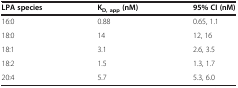
<table><thead><tr><td><b>LPA species</b></td><td><b>K<sub>D, app </sub>(nM)</b></td><td><b>95% CI (nM)</b></td></tr></thead><tbody><tr><td>16:0</td><td>0.88</td><td>0.65, 1.1</td></tr><tr><td>18:0</td><td>14</td><td>12, 16</td></tr><tr><td>18:1</td><td>3.1</td><td>2.6, 3.5</td></tr><tr><td>18:2</td><td>1.5</td><td>1.3, 1.7</td></tr><tr><td>20:4</td><td>5.7</td><td>5.3, 6.0</td></tr></tbody></table>